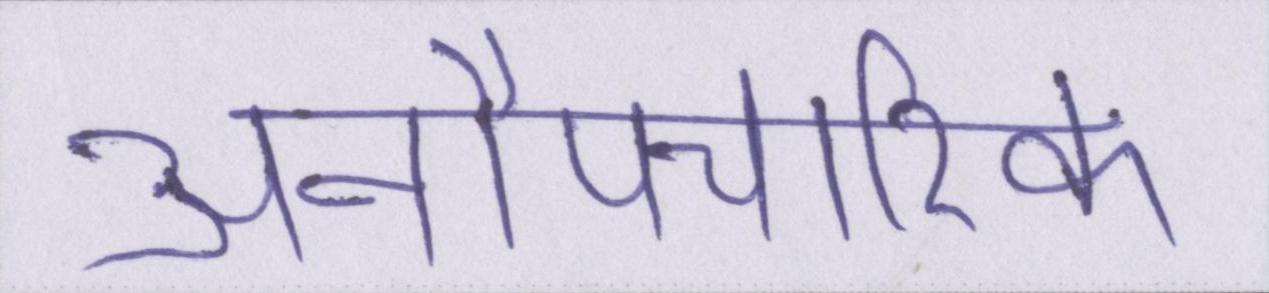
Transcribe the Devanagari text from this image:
अनौपचारिक